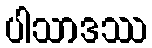
ပါသာဒဿ